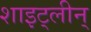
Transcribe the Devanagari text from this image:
शाइट्लीन्